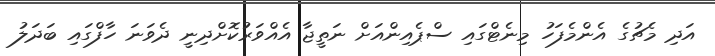
އަދި މެޗުގެ އެންމެފަހު މިނެޓްގައި ސްޕެއިންއަށް ނަތީޖާ އެއްވަރުކޮށްދިނީ ދެވަނަ ހާފްގައި ބަދަލު